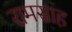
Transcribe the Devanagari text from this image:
रामसाह